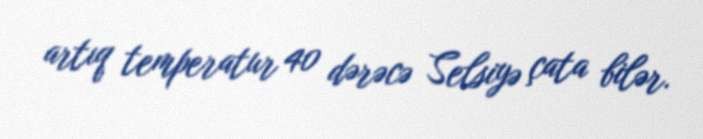
artıq temperatur 40 dərəcə Selsiyə çata bilər.